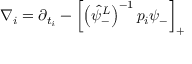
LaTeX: \nabla _ { i } = \partial _ { t _ { i } } - \left[ \left( \hat { \psi } _ { - } ^ { L } \right) ^ { - 1 } p _ { i } \psi _ { - } \right] _ { + }